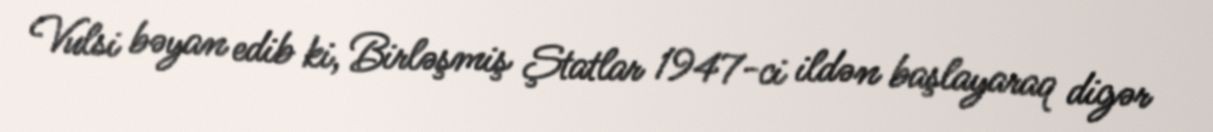
Vulsi bəyan edib ki, Birləşmiş Ştatlar 1947-ci ildən başlayaraq digər